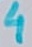
Text: 4